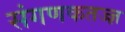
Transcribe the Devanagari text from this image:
संगणकतज्‍ज्ञ